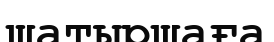
шатыршаға